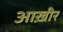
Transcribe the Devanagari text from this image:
आख़ीर